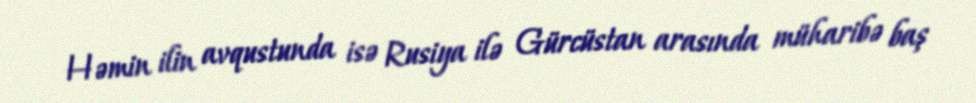
Həmin ilin avqustunda isə Rusiya ilə Gürcüstan arasında müharibə baş